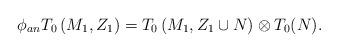
LaTeX: \begin{align*}\phi_{an}T_0\left(M_1,Z_1\right)=T_0\left(M_1,Z_1\cup N\right)\otimes T_0(N).\end{align*}